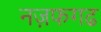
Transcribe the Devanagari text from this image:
नज़फगढ